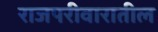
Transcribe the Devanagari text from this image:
राजपरीवारातील